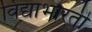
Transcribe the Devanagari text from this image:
विद्याभारती